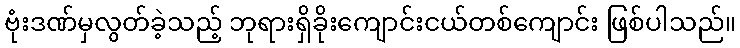
ဗုံးဒဏ်မှလွတ်ခဲ့သည့် ဘုရားရှိခိုးကျောင်းငယ်တစ်ကျောင်း ဖြစ်ပါသည်။